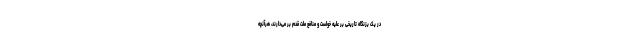
در یک بزنگاه تاریخی بر علیه خواست و منافع ملت قدم بر می‌دارند، هرآنچه